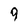
Character: 9